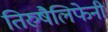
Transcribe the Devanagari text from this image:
तिरुषैलिफेनी